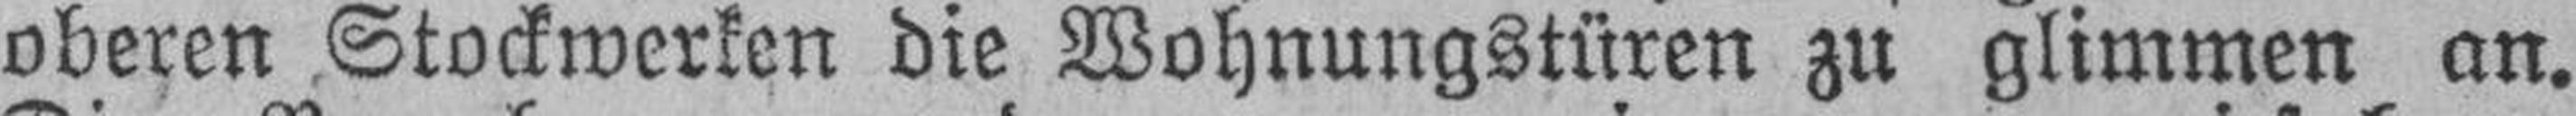
oberen Stockwerken die Wohnungstüren zu glimmen an.